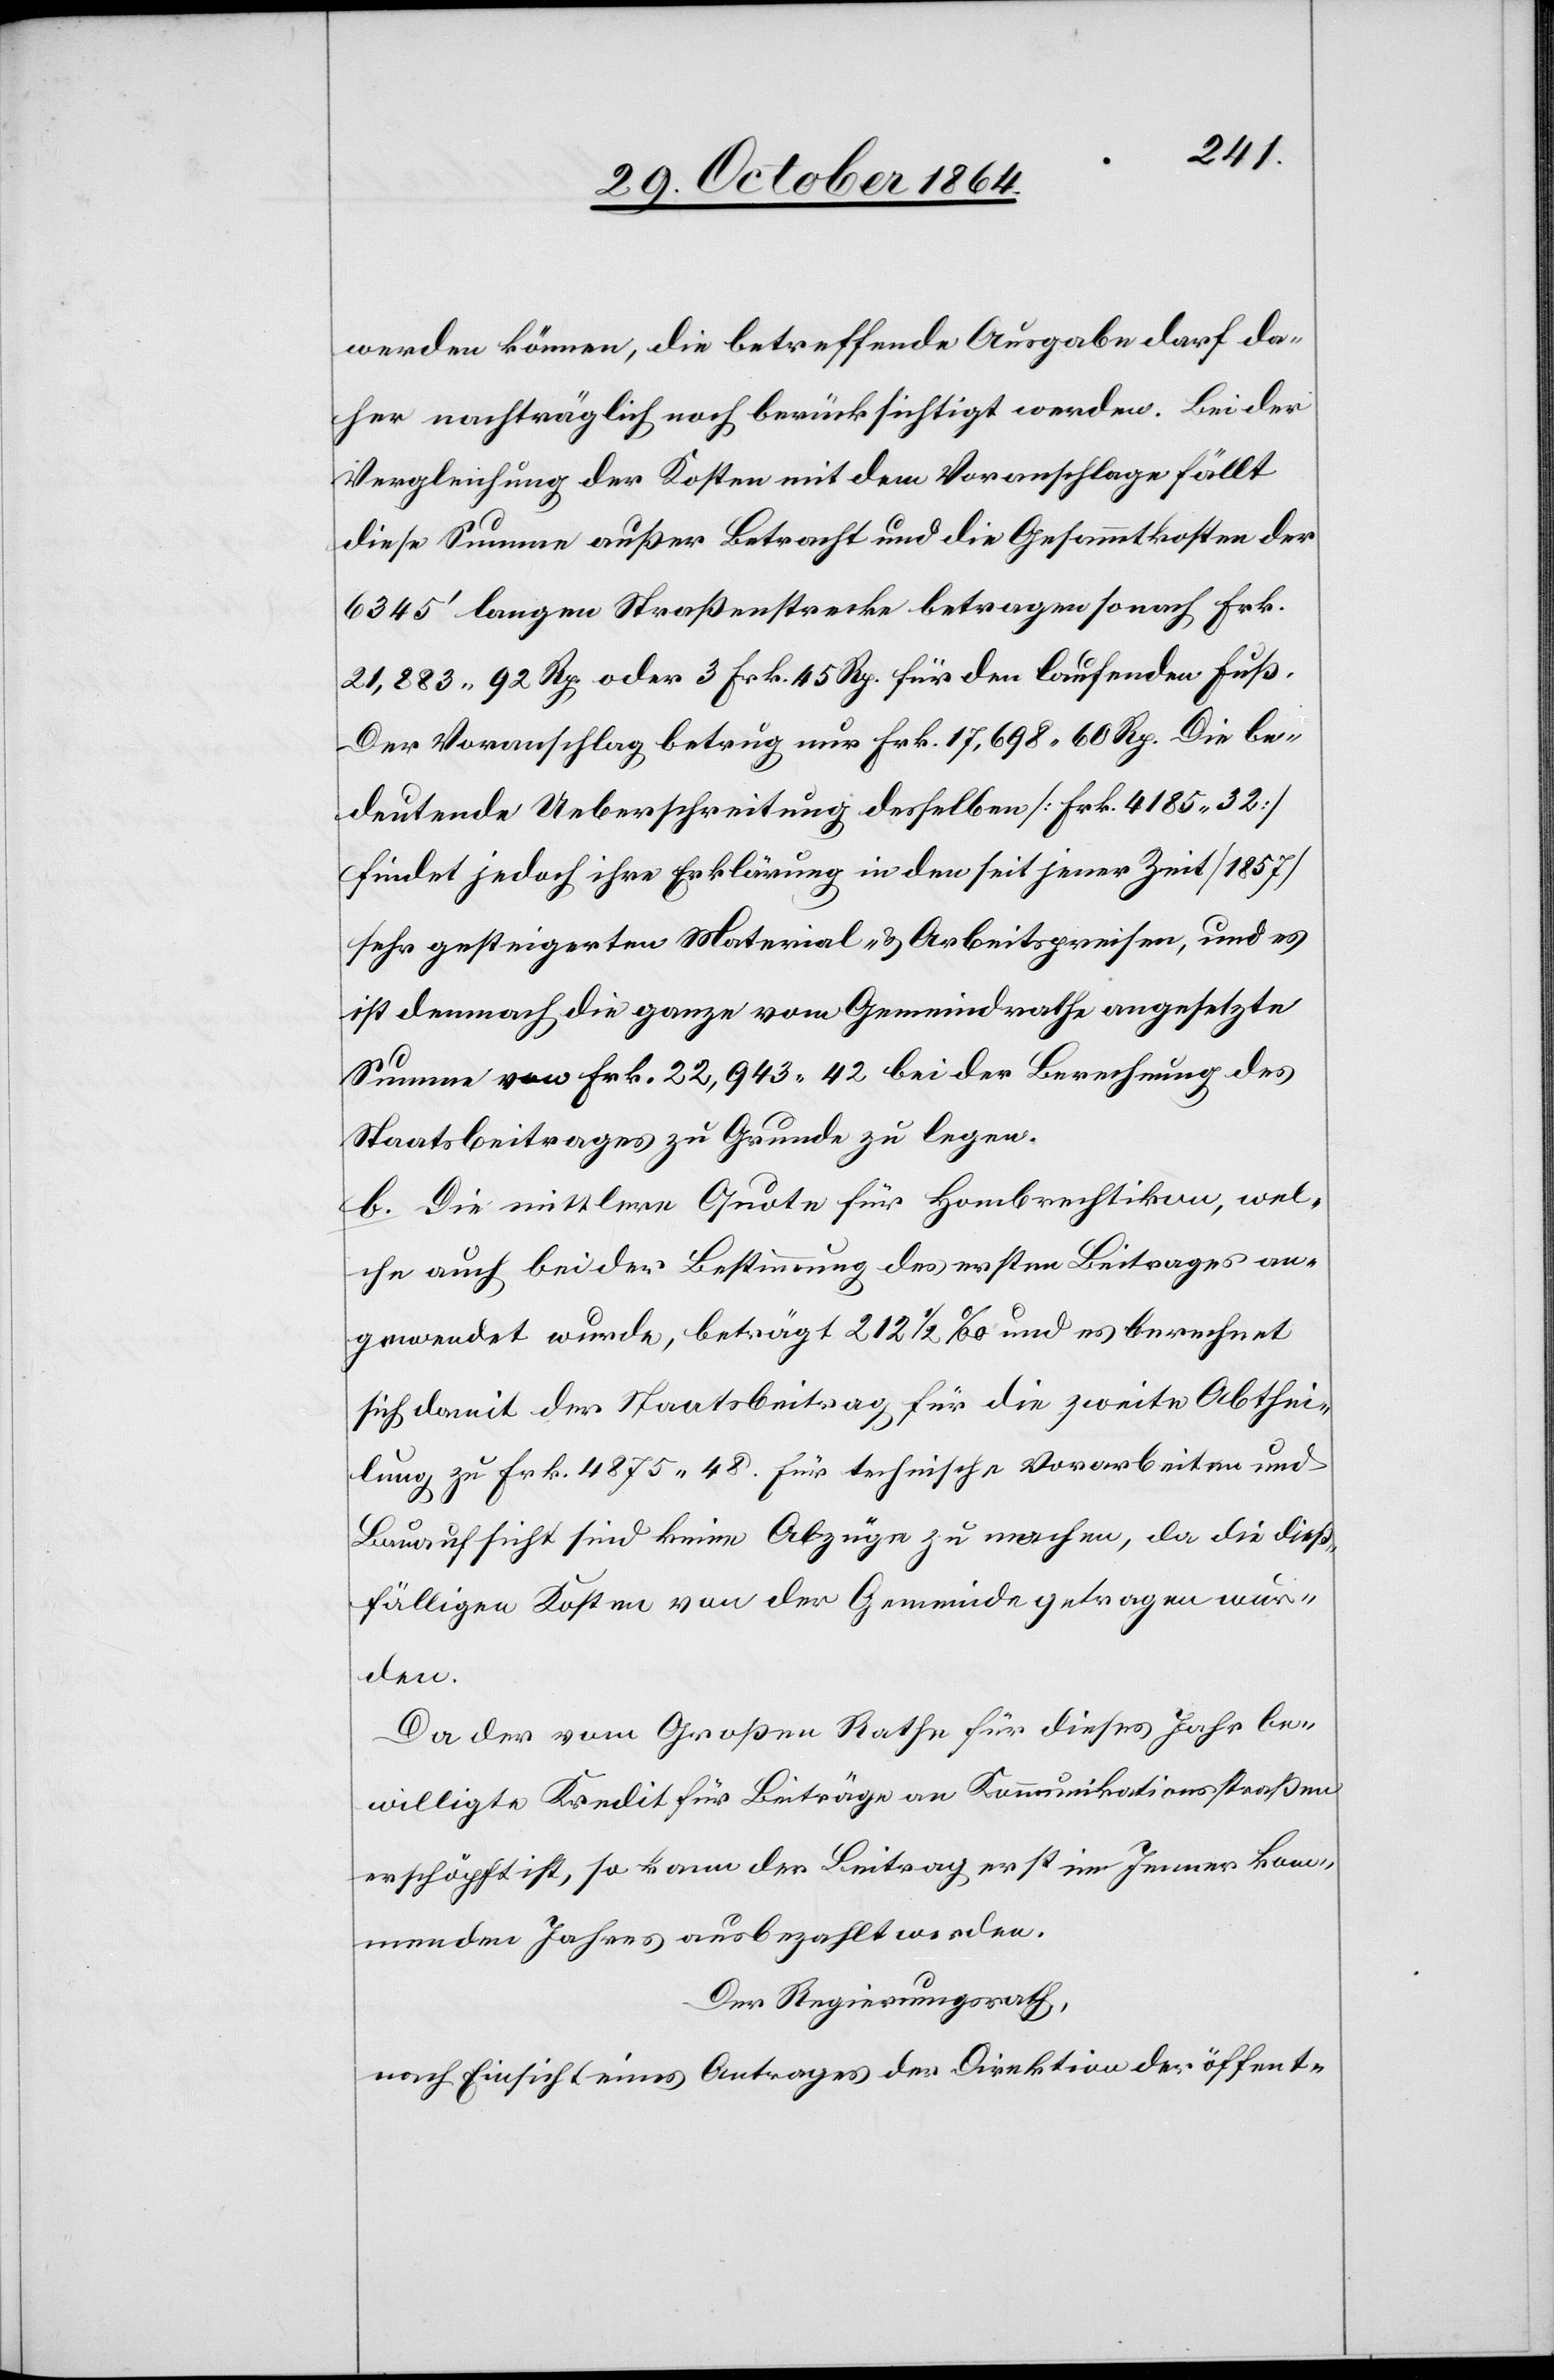
werden können, die betreffende Ausgabe darf da¬
her nachträglich noch berücksichtigt werden. Bei der
Vergleichung der Kosten mit dem Voranschlage fällt
diese Summe außer Betracht und die Gesammtkosten der
6345’ langen Straßenstrecke betragen sonach Frk.
21,883.92 Rp. oder 3 Frk. 45 Rp. für den laufenden Fuß.
Der Voranschlag betrug nur Frk. 17,698.60 Rp. Die be¬
deutende Ueberschreitung desselben [Frk. 4185.32]
findet jedoch ihre Erklärung in den seit jener Zeit [1857]
sehr gesteigerten Material- & Arbeitspreisen, und es
ist demnach die ganze vom Gemeindrathe angesetzte
Summe von Frk. 22,943.42 bei der Berechnung des
Staatsbeitrages zu Grunde zu legen.
b.) Die mittlere Quote für Hombrechtikon, wel¬
che auch bei der Bestimmung des ersten Beitrages an¬
gewendet wurde, beträgt 212 1/2 ‰ und es berechnet
sich damit der Staatsbeitrag für die zweite Abthei¬
lung zu Frk. 4875.48. Für technische Vorarbeiten und
Bauaufsicht sind keine Abzüge zu machen, da die dieß¬
fälligen Kosten von der Gemeinde getragen wur¬
den.
Da der vom Großen Rathe für dieses Jahr be¬
willigte Kredit für Beiträge an Kommunikationsstraßen
erschöpft ist, so kann der Beitrag erst im Jenner kom¬
menden Jahres ausbezahlt werden.
Der Regierungsrath,
nach Einsicht eines Antrages der Direktion der öffent-